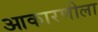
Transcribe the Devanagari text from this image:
आकारणीला